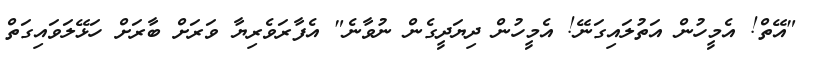
"އޭތް! އެމީހުން އަތުލައިގަނޭ! އެމީހުން ދިޔަދީގެން ނުވާނެ" އެފާރަވެރިޔާ ވަރަށް ބާރަށް ހަޅޭލަވައިގަތް